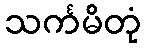
သင်္ကမိတုံ